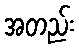
အတည်း